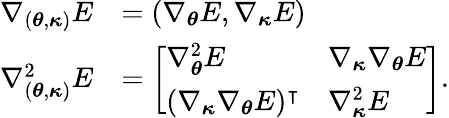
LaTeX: \begin{array}{rl}{\nabla_{({\boldsymbol{\theta}},{\boldsymbol{\kappa}})}E}&{=(\nabla_{{\boldsymbol{\theta}}}E,\nabla_{{\boldsymbol{\kappa}}}E)}\\ {\nabla_{({\boldsymbol{\theta}},{\boldsymbol{\kappa}})}^{2}E}&{=\left[\begin{array}{ll}{\nabla_{{\boldsymbol{\theta}}}^{2}E}&{\nabla_{{\boldsymbol{\kappa}}}\nabla_{{\boldsymbol{\theta}}}E}\\ {(\nabla_{{\boldsymbol{\kappa}}}\nabla_{{\boldsymbol{\theta}}}E)^{\intercal}}&{\nabla_{{\boldsymbol{\kappa}}}^{2}E}\end{array}\right].}\end{array}